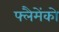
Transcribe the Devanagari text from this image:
फ्लैमेंको